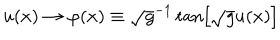
u ( x ) \rightarrow \varphi ( x ) \equiv \sqrt { g } ^ { - 1 } \tan \left[ \sqrt { g } u ( x ) \right]